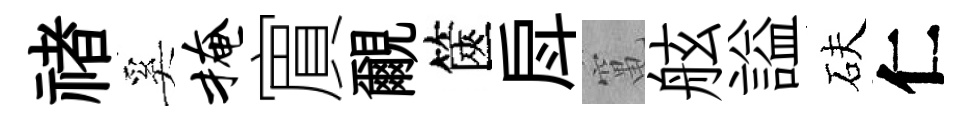
禇奚掩賔覼篋戽𥧄舷謚砆仁